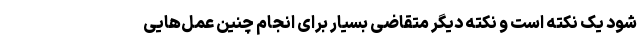
شود یک نکته است و نکته دیگر متقاضی بسیار برای انجام چنین عمل‌هایی